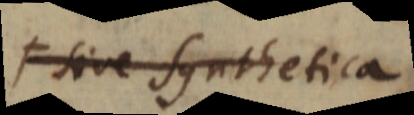
F sive Synthetica